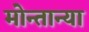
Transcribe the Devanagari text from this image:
मोन्तान्या